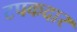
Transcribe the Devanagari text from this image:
टपकदार